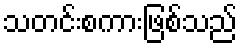
သတင်းစကားဖြစ်သည်